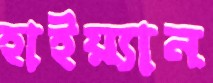
হাইয়্যান